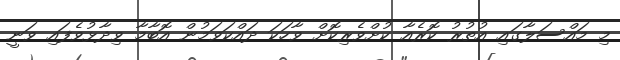
މި މައްސަލާގައި އުތުރު ކޮރެއާ ކުށްވެރިކޮށް ވާހަކަ ދައްކަވަމުން އޮބާމާ ވިދާޅުވެފައި ވަނީ